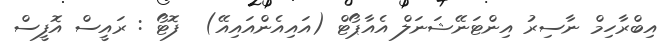
އިބްރާހިމް ނާސިރު އިންޓަނޭޝަނަލް އެއާޕޯޓް (އައިއެންއައިއޭ)  ފޮޓޯ : ރައީސް އޮފީސް